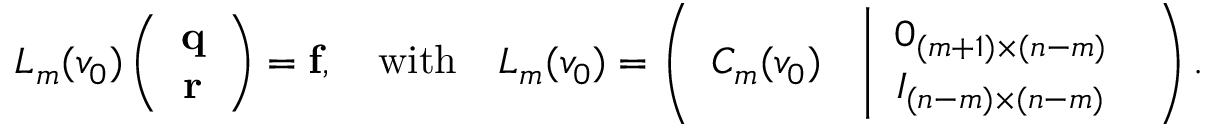
L _ { m } ( v _ { 0 } ) \left( \begin{array} { c } { \mathbf { q } } \\ { \mathbf { r } } \end{array} \right) = \mathbf { f } , \mathrm { ~ \ \ w i t h ~ \ \ } L _ { m } ( v _ { 0 } ) = \left( \begin{array} { c c } { C _ { m } ( v _ { 0 } ) } & { \left| \begin{array} { c } { 0 _ { ( m + 1 ) \times ( n - m ) } } \\ { I _ { ( n - m ) \times ( n - m ) } } \end{array} \right. } \end{array} \right) .